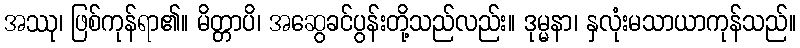
အဿု၊ ဖြစ်ကုန်ရာ၏။ မိတ္တာပိ၊ အဆွေခင်ပွန်းတို့သည်လည်း။ ဒုမ္မနာ၊ နှလုံးမသာယာကုန်သည်။